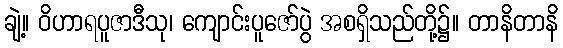
ချဲ့။ ဝိဟာရပူဇာဒီသု၊ ကျောင်းပူဇော်ပွဲ အစရှိသည်တို့၌။ တာနိတာနိ